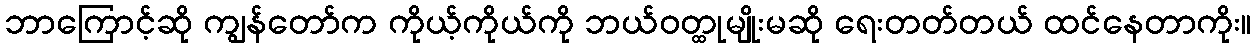
ဘာကြောင့်ဆို ကျွန်တော်က ကိုယ့်ကိုယ်ကို ဘယ်ဝတ္ထုမျိုးမဆို ရေးတတ်တယ် ထင်နေတာကိုး။